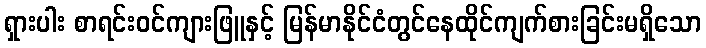
ရှားပါး စာရင်းဝင်ကျားဖြူနှင့် မြန်မာနိုင်ငံတွင်နေထိုင်ကျက်စားခြင်းမရှိသော